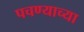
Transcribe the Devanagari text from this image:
पचण्याच्या